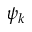
\psi _ { k }